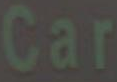
Car